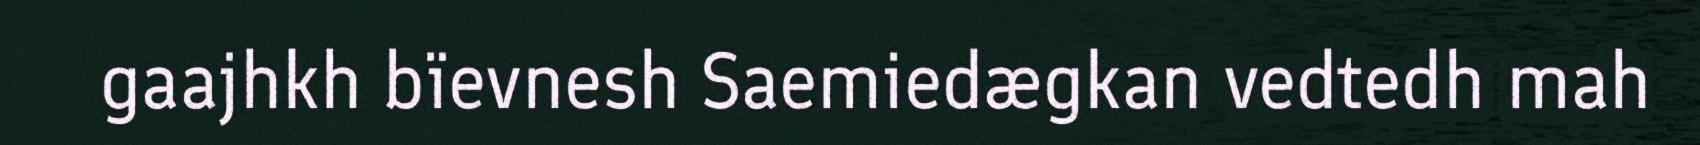
gaajhkh bïevnesh Saemiedægkan vedtedh mah